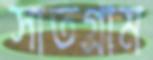
সাতগ্রাম